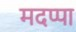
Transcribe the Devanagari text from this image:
मदप्पा